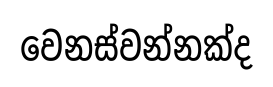
වෙනස්වන්නක්ද